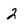
Character: 2